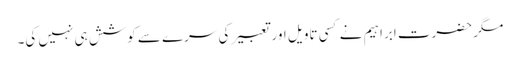
مگر حضرت ابراہیم نے کسی تاویل اور تعبیر کی سرے سے کوشش ہی نہیں کی۔